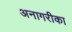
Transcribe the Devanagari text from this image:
अनागरीका